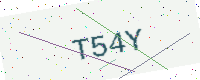
Text: T54Y